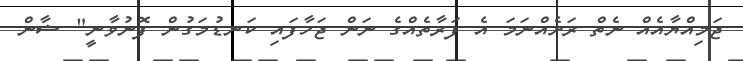
ޖަމިއްޔާއެއް ނެތް ރަށެއްނަމަ އެ ފަރާތެއްގެ ނަން ޖަހާފައި ކަނޑުމަގުން ފޮނުވާނީ" ޝާން